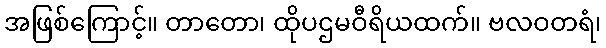
အဖြစ်ကြောင့်။ တာတော၊ ထိုပဌမဝီရိယထက်။ ဗလဝတရံ၊